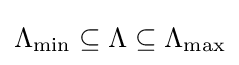
\Lambda _{\text{min}}\subseteq \Lambda \subseteq \Lambda _{\text{max}}